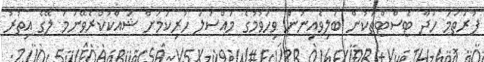
ފުރަތަމަ ހަދާ ޓެސްޓްތަކުން ބަލިވެއިނުން ވިހަވުމުގެ މައްސަލަ ހުރިކަމަށް ޝައްކުކުރެވޭނަމަ ލޭގެ އިތުރު